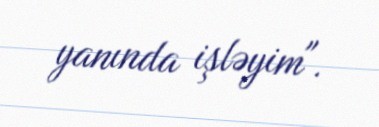
yanında işləyim".